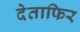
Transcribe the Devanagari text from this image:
देताफिर